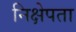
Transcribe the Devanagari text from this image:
निक्षेपता